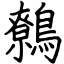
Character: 鷯